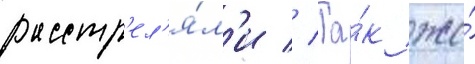
расстр'ел'я́л'и // Та́к же́